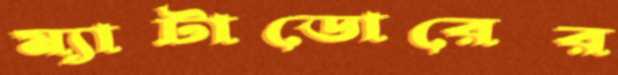
ম্যাটাডোরের